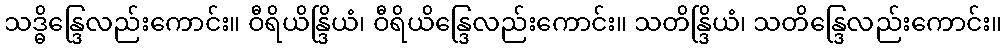
သဒ္ဓိန္ဒြေလည်းကောင်း။ ဝီရိယိန္ဒြိယံ၊ ဝီရိယိန္ဒြေလည်းကောင်း။ သတိန္ဒြိယံ၊ သတိန္ဒြေလည်းကောင်း။